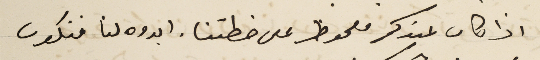
اذا كان عندكم ملحوظ على خطتنا. ابدوه لنا فنكون